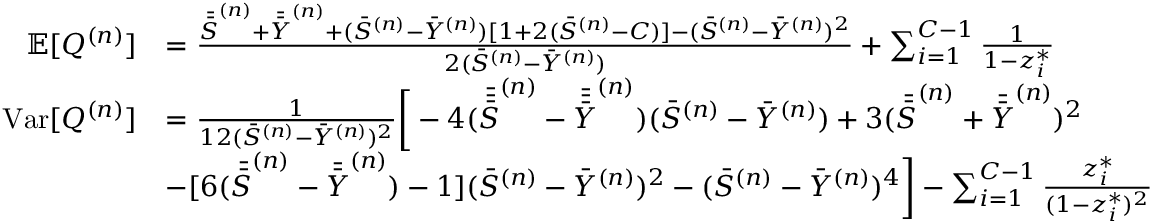
\begin{array} { r l } { \mathbb { E } [ Q ^ { ( n ) } ] } & { = \frac { \Bar { \Bar { S } } ^ { ( n ) } + \Bar { \Bar { Y } } ^ { ( n ) } + ( \Bar { S } ^ { ( n ) } - \Bar { Y } ^ { ( n ) } ) [ 1 + 2 ( \Bar { S } ^ { ( n ) } - C ) ] - ( \Bar { S } ^ { ( n ) } - \Bar { Y } ^ { ( n ) } ) ^ { 2 } } { 2 ( \Bar { S } ^ { ( n ) } - \Bar { Y } ^ { ( n ) } ) } + \sum _ { i = 1 } ^ { C - 1 } \frac { 1 } { 1 - z _ { i } ^ { * } } } \\ { \mathrm { V a r } [ Q ^ { ( n ) } ] } & { = \frac { 1 } { 1 2 ( \Bar { S } ^ { ( n ) } - \Bar { Y } ^ { ( n ) } ) ^ { 2 } } \bigg [ - 4 ( \Bar { \Bar { \Bar { S } } } ^ { ( n ) } - \Bar { \Bar { \Bar { Y } } } ^ { ( n ) } ) ( \Bar { S } ^ { ( n ) } - \Bar { Y } ^ { ( n ) } ) + 3 ( \Bar { \Bar { S } } ^ { ( n ) } + \Bar { \Bar { Y } } ^ { ( n ) } ) ^ { 2 } } \\ & { - [ 6 ( { \Bar { \Bar { S } } } ^ { ( n ) } - { \Bar { \Bar { Y } } } ^ { ( n ) } ) - 1 ] ( \Bar { S } ^ { ( n ) } - \Bar { Y } ^ { ( n ) } ) ^ { 2 } - ( \Bar { S } ^ { ( n ) } - \Bar { Y } ^ { ( n ) } ) ^ { 4 } \bigg ] - \sum _ { i = 1 } ^ { C - 1 } \frac { z _ { i } ^ { * } } { ( 1 - z _ { i } ^ { * } ) ^ { 2 } } } \end{array}